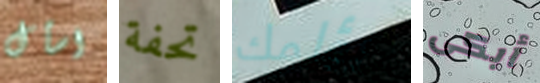
اسأل تحفة يؤلمك أبكى